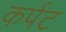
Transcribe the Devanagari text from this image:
कर्पट